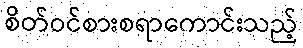
စိတ်ဝင်စားစရာကောင်းသည့်